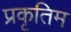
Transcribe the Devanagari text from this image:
प्रकृतिम